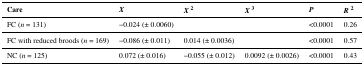
| Care | X | X2 | X3 | P | R2 |
 | --- | --- | --- | --- | --- | --- |
 | FC (n = 131) | −0.024 (± 0.0060) |  |  | <0.0001 | 0.26 |
 | FC with reduced broods (n = 169) | −0.086 (± 0.011) | 0.014 (± 0.0036) |  | <0.0001 | 0.57 |
 | NC (n = 125) | 0.072 (± 0.016) | −0.055 (± 0.012) | 0.0092 (± 0.0026) | <0.0001 | 0.43 |